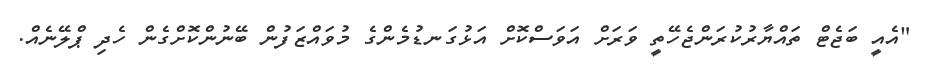
"އެއީ ބަޖެޓް ތައްޔާރުކުރަންޖެހޭތީ ވަރަށް އަވަސްކޮށް އަޅުގަނޑުމެންގެ މުވައްޒަފުން ބޭނުންކޮށްގެން ހެދި ޕްލޭނެއް.